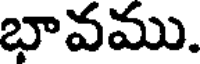
భావము.